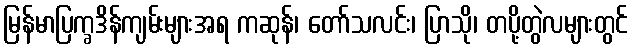
မြန်မာပြက္ခဒိန်ကျမ်းများအရ ကဆုန်၊ တော်သလင်း၊ ပြာသို၊ တပို့တွဲလများတွင်